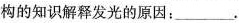
构的知识解释发光的原因：___。